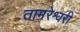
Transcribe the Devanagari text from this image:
तामरेश्वरी